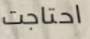
احتاجت